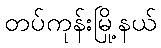
တပ်ကုန်းမြို့နယ်